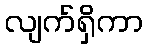
လျက်ရှိကာ